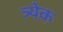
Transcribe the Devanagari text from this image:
त्र्येक